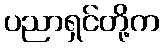
ပညာရှင်တို့က